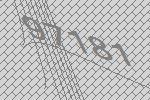
97181